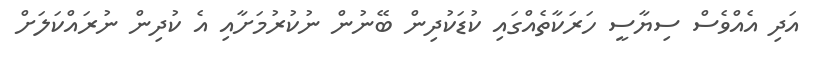
އަދި އެއްވެސް ސިޔާސީ ހަރަކާތެއްގައި ކުޑަކުދިން ބޭނުން ނުކުރުމަށާއި އެ ކުދިން ނުރައްކަލަށް